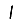
Digit: 1